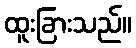
ထူးခြားသည်။